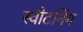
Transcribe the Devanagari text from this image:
स्वीटनिंग